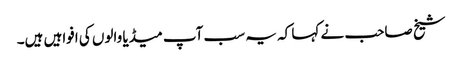
شیخ صاحب نے کہا کہ یہ سب آپ میڈیا والوں کی افواہیں ہیں۔